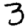
Digit: 3